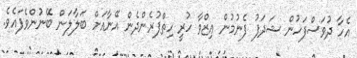
އެހާ ދުވަސްފަހުން ޝަދަފު ފެނުމުން ޢިޒްވާ ހުރީ ހިތްފުރެންދެން އޭނާއަށް ބަލާލަން ބޭނުންވެފައެވެ.